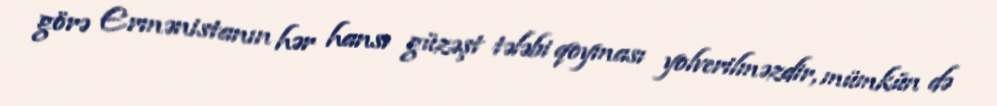
görə Ermənistanın hər hansı güzəşt tələbi qoyması yolverilməzdir, mümkün də